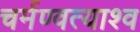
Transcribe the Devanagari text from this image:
चर्मण्वत्याश्व